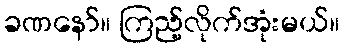
ခဏနော်။ ကြည့်လိုက်အုံးမယ်။